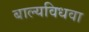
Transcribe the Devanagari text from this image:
बाल्यविधवा